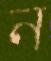
ন